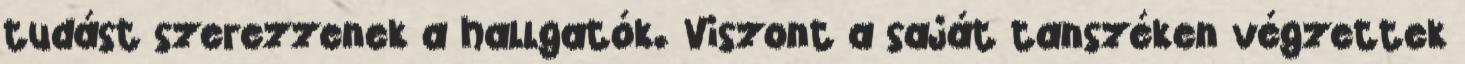
tudást szerezzenek a hallgatók. Viszont a saját tanszéken végzettek